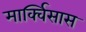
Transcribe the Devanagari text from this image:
मार्क्विसास